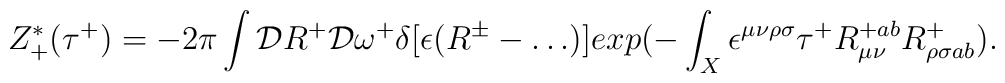
Z^*_+(\tau^+) = -2 \pi \int {\cal D} R^+ {\cal D}\omega^+ \delta[\epsilon (R^{\pm} - \dots ) ] exp ( - \int_X  \epsilon^{\mu \nu \rho\sigma}\tau^+R^{+ab}_{\mu \nu} R^+_{\rho \sigma ab}  ).